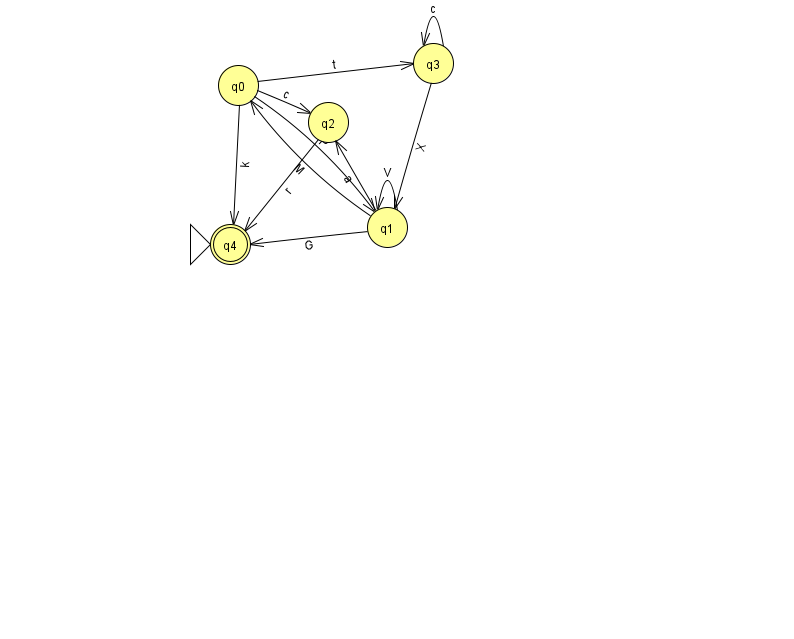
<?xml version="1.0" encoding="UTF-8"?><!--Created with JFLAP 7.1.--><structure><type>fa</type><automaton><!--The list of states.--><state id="0" name="q0"><x>238.0</x><y>72.0</y></state><state id="1" name="q1"><x>387.0</x><y>214.0</y></state><state id="2" name="q2"><x>328.0</x><y>109.0</y></state><state id="3" name="q3"><x>433.0</x><y>50.0</y></state><state id="4" name="q4"><x>230.0</x><y>231.0</y><initial/><final/></state><!--The list of transitions.--><transition><from>0</from><to>1</to><read>P</read></transition><transition><from>3</from><to>1</to><read>X</read></transition><transition><from>3</from><to>3</to><read>c</read></transition><transition><from>1</from><to>2</to><read>a</read></transition><transition><from>1</from><to>4</to><read>G</read></transition><transition><from>2</from><to>4</to><read>r</read></transition><transition><from>0</from><to>2</to><read>c</read></transition><transition><from>1</from><to>1</to><read>V</read></transition><transition><from>0</from><to>4</to><read>k</read></transition><transition><from>0</from><to>3</to><read>t</read></transition><transition><from>1</from><to>0</to><read>M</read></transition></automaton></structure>